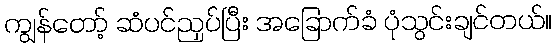
ကျွန်တော့် ဆံပင်ညှပ်ပြီး အခြောက်ခံ ပုံသွင်းချင်တယ်။